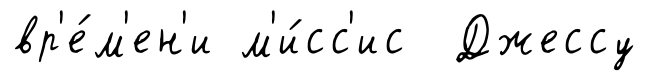
вр'е́м'ен'и м'и́сс'ис Джессу